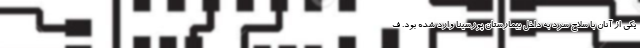
یکی از آنان با سلاح سرد به داخل بیمارستان پورسینا وارد شده بود. ف